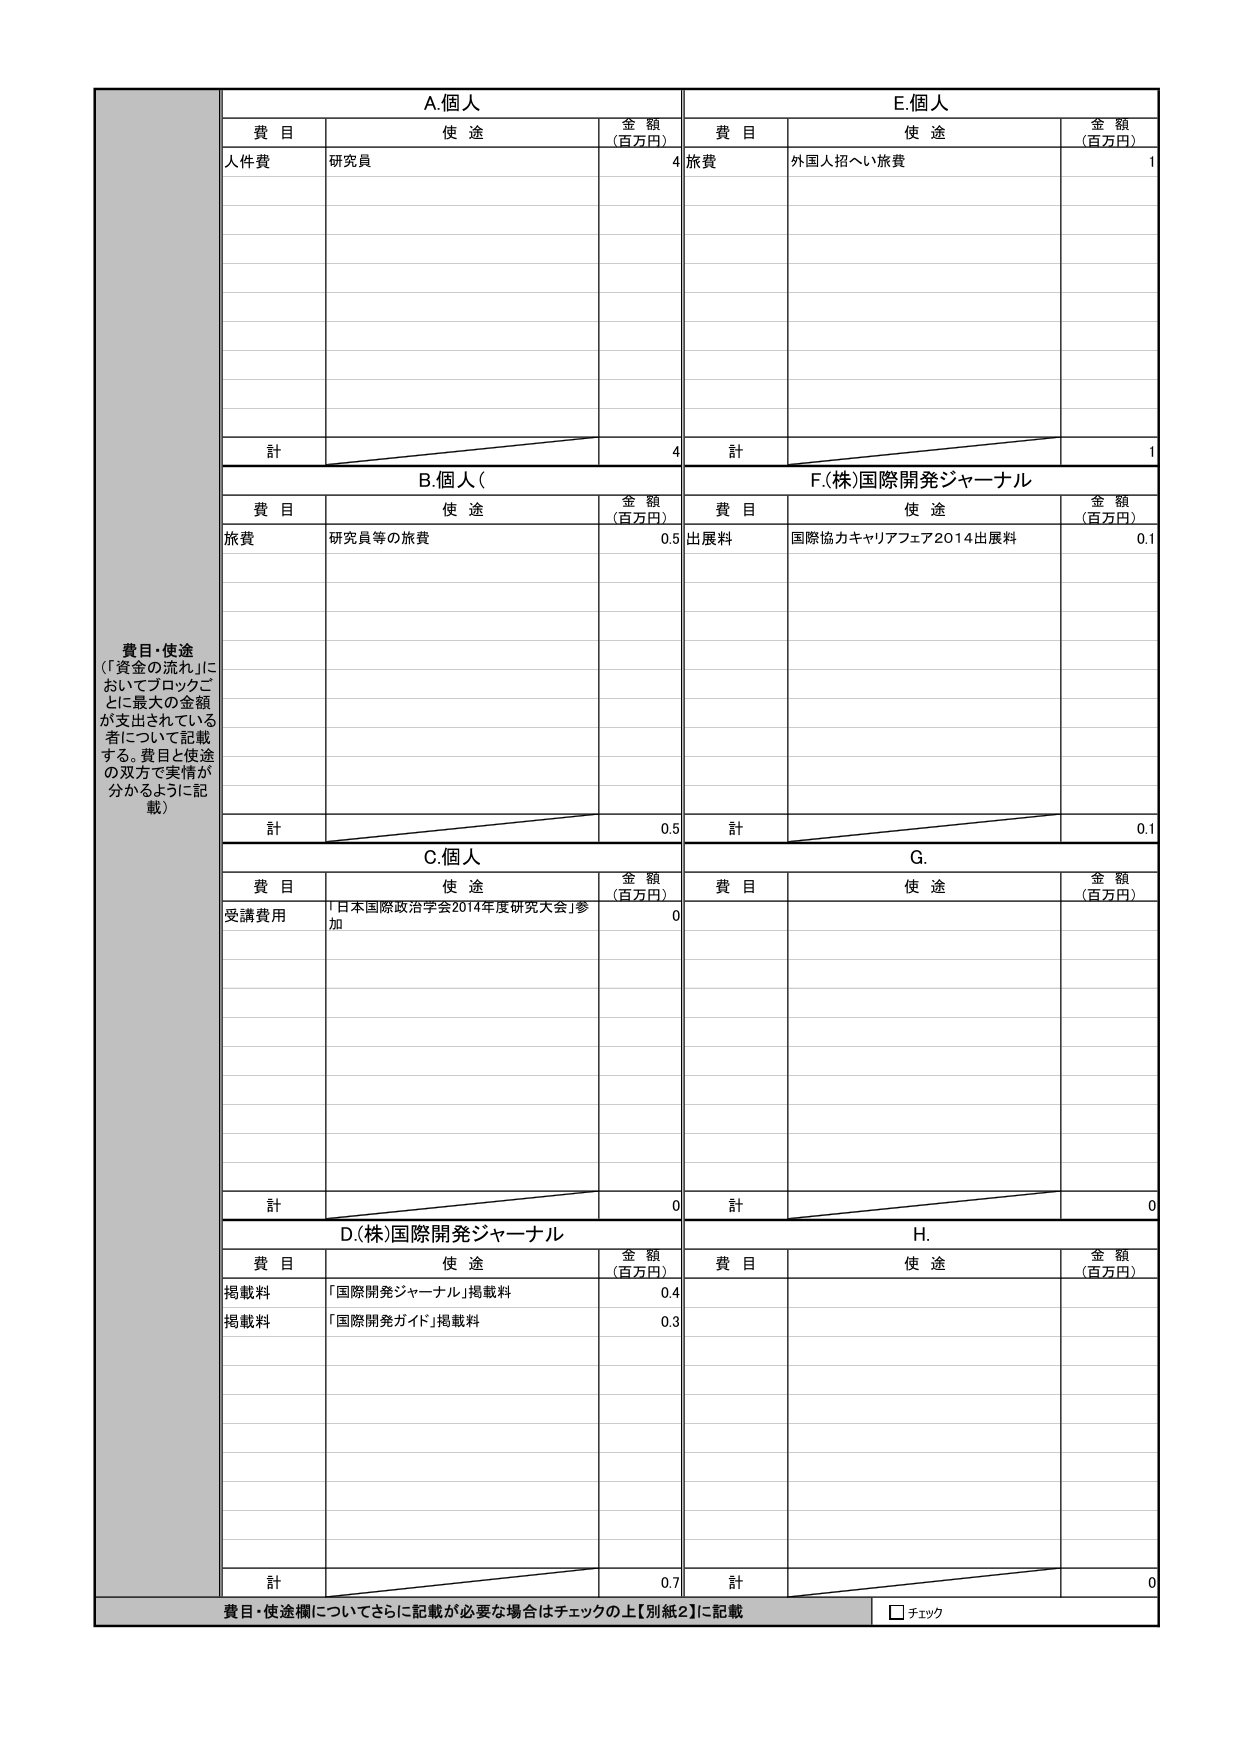
費目・使途
（「資金の流れ」においてブロックごとに最大の金額が支出されている者について記載する。費目と使途の双方で実情が分かるように記載）

A.個人
費目 使途 金額（百万円）
人件費 研究員 4
計 4

B.個人（
費目 使途 金額（百万円）
旅費 研究員等の旅費 0.5
計 0.5

C.個人
費目 使途 金額（百万円）
受講費用 「日本国際政治学会2014年度研究大会」参加 0
計 0

D.(株)国際開発ジャーナル
費目 使途 金額（百万円）
掲載料 「国際開発ジャーナル」掲載料 0.4
掲載料 「国際開発ガイド」掲載料 0.3
計 0.7

E.個人
費目 使途 金額（百万円）
旅費 外国人招へい旅費 1
計 1

F.(株)国際開発ジャーナル
費目 使途 金額（百万円）
出展料 国際協力キャリアフェア2014出展料 0.1
計 0.1

G.
費目 使途 金額（百万円）
計 0

H.
費目 使途 金額（百万円）
計 0

費目・使途欄についてさらに記載が必要な場合はチェックの上【別紙2】に記載
□ チェック